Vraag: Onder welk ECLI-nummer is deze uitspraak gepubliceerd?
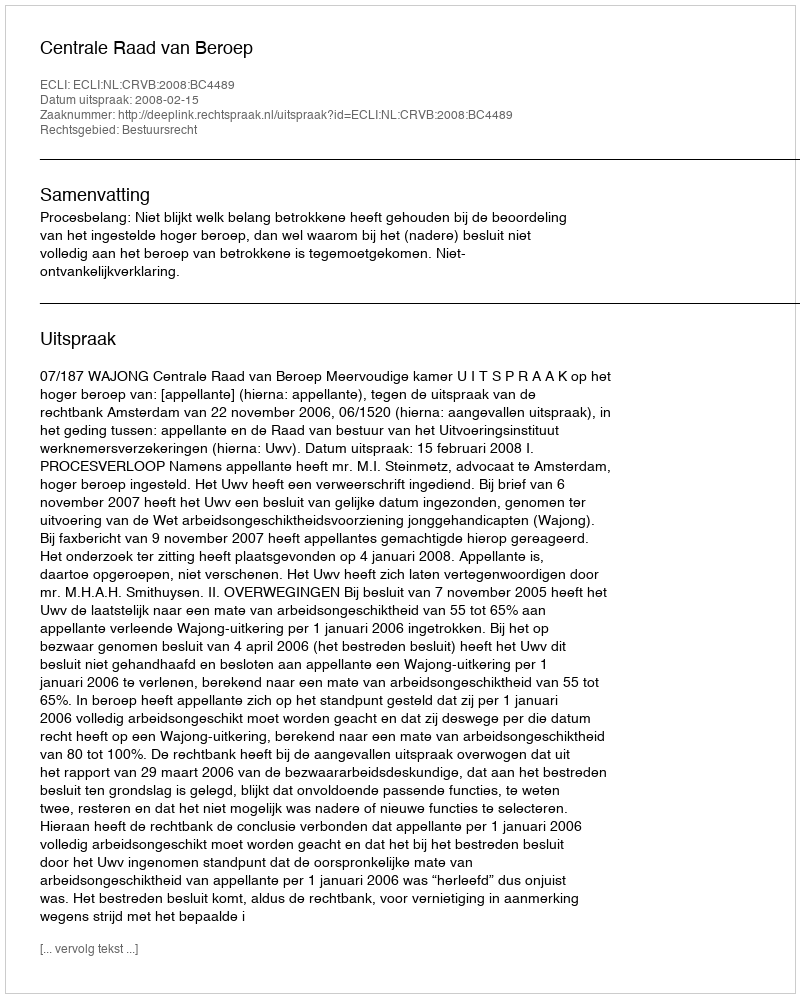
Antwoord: ECLI:NL:CRVB:2008:BC4489